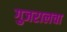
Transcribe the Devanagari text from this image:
गुजरालचा